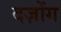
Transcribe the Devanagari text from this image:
दज़ोंग